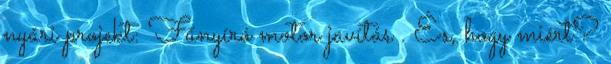
nyári projekt: Fűnyíró motor javítás . És, hogy miért?